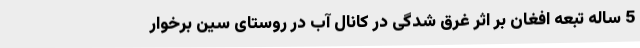
5 ساله تبعه افغان بر اثر غرق شدگی در کانال آب در روستای سین برخوار